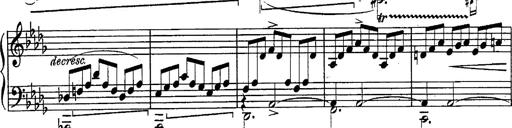
Title: Schubert's Impromptus [revised and edited by Franz Liszt]
Composer: Franz Liszt